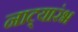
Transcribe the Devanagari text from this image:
नाट्यारंभ